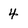
Character: 4